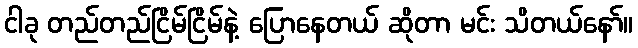
ငါခု တည်တည်ငြိမ်ငြိမ်နဲ့ ပြောနေတယ် ဆိုတာ မင်း သိတယ်နော်။